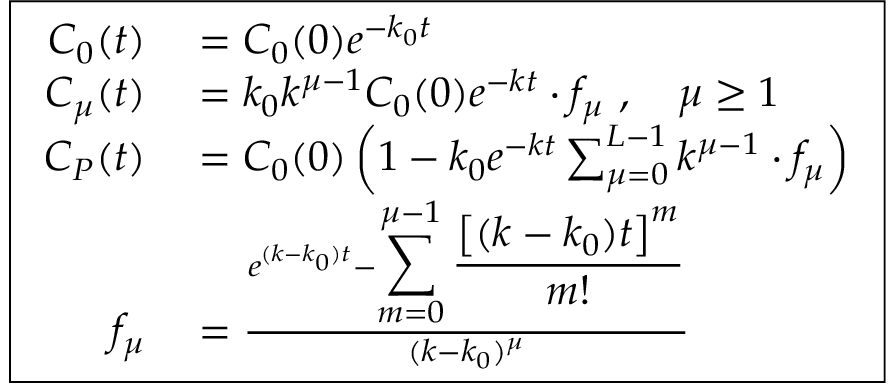
\boxed { \begin{array} { r l } { C _ { 0 } ( t ) } & { { } = C _ { 0 } ( 0 ) e ^ { - k _ { 0 } t } } \\ { C _ { \mu } ( t ) } & { { } = k _ { 0 } k ^ { \mu - 1 } C _ { 0 } ( 0 ) e ^ { - k t } \cdot f _ { \mu } \ , \quad \mu \geq 1 } \\ { C _ { P } ( t ) } & { { } = C _ { 0 } ( 0 ) \left( 1 - k _ { 0 } e ^ { - k t } \sum _ { \mu = 0 } ^ { L - 1 } k ^ { \mu - 1 } \cdot f _ { \mu } \right) } \\ { f _ { \mu } } & { { } = \frac { e ^ { ( k - k _ { 0 } ) t } - { \displaystyle \sum _ { m = 0 } ^ { \mu - 1 } \frac { \left[ ( k - k _ { 0 } ) t \right] ^ { m } } { m ! } } } { ( k - k _ { 0 } ) ^ { \mu } } } \end{array} }